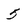
Character: 5